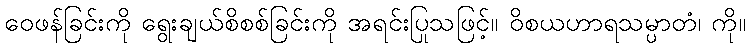
ဝေဖန်ခြင်းကို ရွေးချယ်စိစစ်ခြင်းကို အရင်းပြုသဖြင့်။ ဝိစယဟာရသမ္ပာတံ၊ ကို။